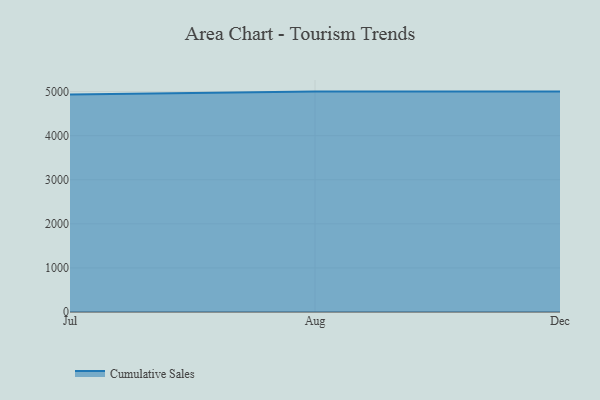
{"axis": {"x": "Month", "y": "Budget (USD K)"}, "legend": ["Cumulative Sales"], "data": [{"x": "Jul", "y": 4933.8, "type": "Cumulative Sales"}, {"x": "Aug", "y": 5000, "type": "Cumulative Sales"}, {"x": "Dec", "y": 5000, "type": "Cumulative Sales"}]}